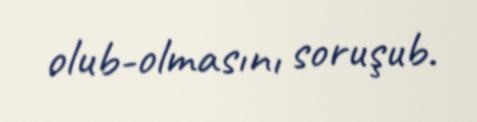
olub-olmasını soruşub.